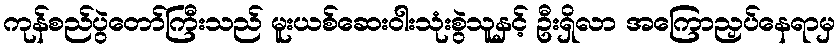
ကုန်စည်ပွဲတော်ကြီးသည် မူးယစ်ဆေးဝါးသုံးစွဲသူနှင့် ဦးရှိလာ အကြောညှပ်နေရာမှ